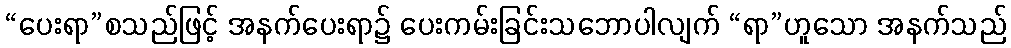
“ပေးရာ”စသည်ဖြင့် အနက်ပေးရာ၌ ပေးကမ်းခြင်းသဘောပါလျက် “ရာ”ဟူသော အနက်သည်